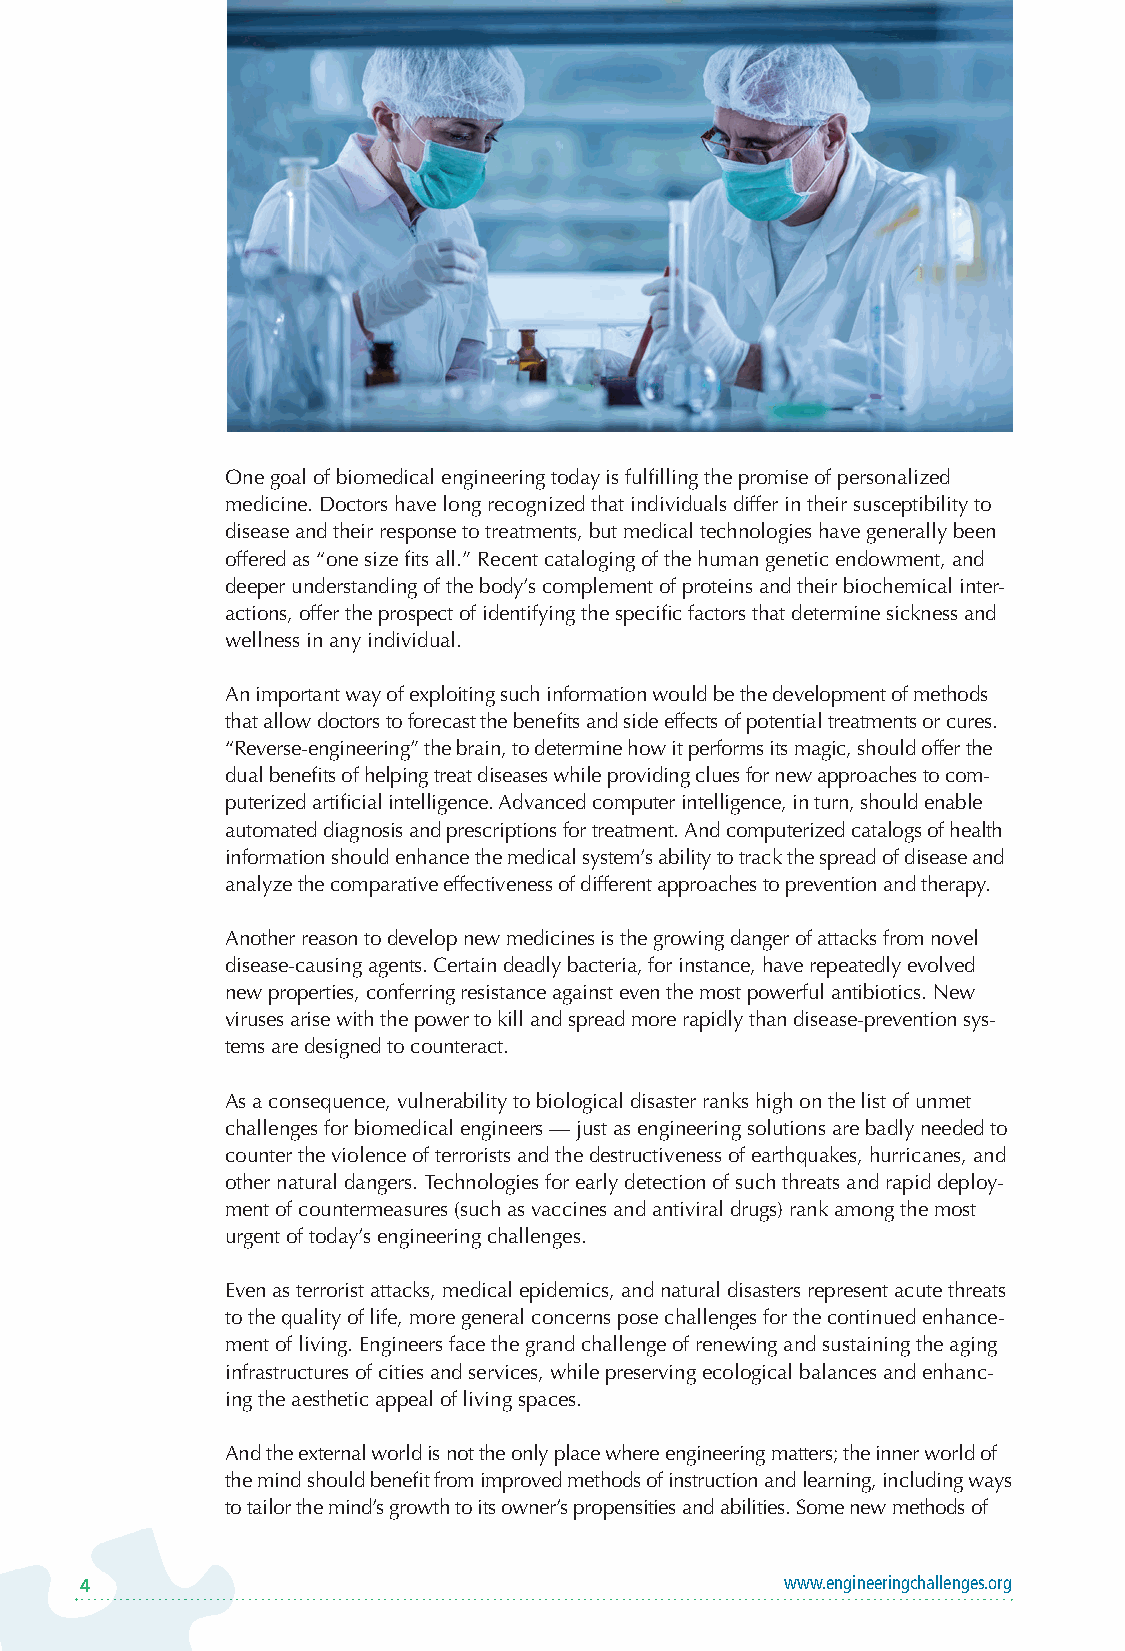
One goal of biomedical engineering today is fulfilling the promise of personalized
 medicine. Doctors have long recognized that individuals differ in their susceptibility to
 disease and their response to treatments, but medical technologies have generally been
 offered as “one size fits all.” Recent cataloging of the human genetic endowment, and
 deeper understanding of the body’s complement of proteins and their biochemical inter-
 actions, offer the prospect of identifying the specific factors that determine sickness and
 wellness in any individual.
 An important way of exploiting such information would be the development of methods
 that allow doctors to forecast the benefits and side effects of potential treatments or cures.
 “Reverse-engineering” the brain, to determine how it performs its magic, should offer the
 dual benefits of helping treat diseases while providing clues for new approaches to com-
 puterized artificial intelligence. Advanced computer intelligence, in turn, should enable
 automated diagnosis and prescriptions for treatment. And computerized catalogs of health
 information should enhance the medical system’s ability to track the spread of disease and
 analyze the comparative effectiveness of different approaches to prevention and therapy.
 Another reason to develop new medicines is the growing danger of attacks from novel
 disease-causing agents. Certain deadly bacteria, for instance, have repeatedly evolved
 new properties, conferring resistance against even the most powerful antibiotics. New
 viruses arise with the power to kill and spread more rapidly than disease-prevention sys-
 tems are designed to counteract.
 As a consequence, vulnerability to biological disaster ranks high on the list of unmet
 challenges for biomedical engineers — just as engineering solutions are badly needed to
 counter the violence of terrorists and the destructiveness of earthquakes, hurricanes, and
 other natural dangers. Technologies for early detection of such threats and rapid deploy-
 ment of countermeasures (such as vaccines and antiviral drugs) rank among the most
 urgent of today’s engineering challenges.
 Even as terrorist attacks, medical epidemics, and natural disasters represent acute threats
 to the quality of life, more general concerns pose challenges for the continued enhance-
 ment of living. Engineers face the grand challenge of renewing and sustaining the aging
 infrastructures of cities and services, while preserving ecological balances and enhanc-
 ing the aesthetic appeal of living spaces.
 And the external world is not the only place where engineering matters; the inner world of
 the mind should benefit from improved methods of instruction and learning, including ways
 to tailor the mind’s growth to its owner’s propensities and abilities. Some new methods of
 4                                              www.engineeringchallenges.org